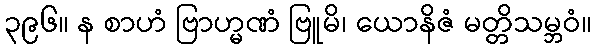
၃၉၆။ န စာဟံ ဗြာဟ္မဏံ ဗြူမိ၊ ယောနိဇံ မတ္တိသမ္ဘဝံ။